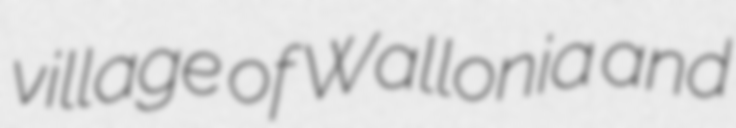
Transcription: village of Wallonia and